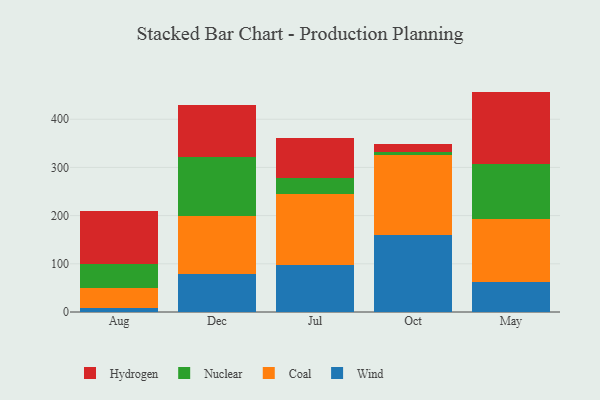
{"axis": {"x": "Month", "y": "Population (Million)"}, "legend": ["Coal", "Hydrogen", "Nuclear", "Wind"], "data": [{"x": "Aug", "y": 8.4, "type": "Wind"}, {"x": "Aug", "y": 42.0, "type": "Coal"}, {"x": "Aug", "y": 48.8, "type": "Nuclear"}, {"x": "Aug", "y": 110.5, "type": "Hydrogen"}, {"x": "Dec", "y": 78.1, "type": "Wind"}, {"x": "Dec", "y": 121.9, "type": "Coal"}, {"x": "Dec", "y": 121.2, "type": "Nuclear"}, {"x": "Dec", "y": 108.5, "type": "Hydrogen"}, {"x": "Jul", "y": 97.9, "type": "Wind"}, {"x": "Jul", "y": 146.0, "type": "Coal"}, {"x": "Jul", "y": 33.2, "type": "Nuclear"}, {"x": "Jul", "y": 84.9, "type": "Hydrogen"}, {"x": "Oct", "y": 159.1, "type": "Wind"}, {"x": "Oct", "y": 166.1, "type": "Coal"}, {"x": "Oct", "y": 7.0, "type": "Nuclear"}, {"x": "Oct", "y": 15.4, "type": "Hydrogen"}, {"x": "May", "y": 62.1, "type": "Wind"}, {"x": "May", "y": 130.7, "type": "Coal"}, {"x": "May", "y": 115.3, "type": "Nuclear"}, {"x": "May", "y": 149.2, "type": "Hydrogen"}]}